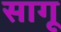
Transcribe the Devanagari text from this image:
सागू